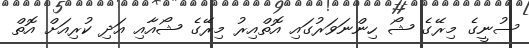
ސުނީގެ މިރޭގެ ޝޯ ހިންނަވަރުގައި އޮތްއިރު މިރޭގެ ޝޯއާއި އަދި ކުރިއަށް އޮތް